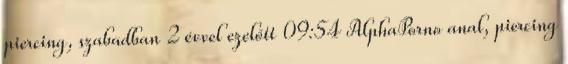
piercing, szabadban 2 évvel ezelőtt 09:54 AlphaPorno anal, piercing